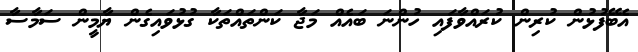
އެބޭފުޅުން ކުރިން ކުރައްވާފައި ހުންނަ ބައެއް މަޖާ ކަންތައްތަކާ ގުޅުވައިގެން ޔާމީން ސަމާސާ